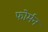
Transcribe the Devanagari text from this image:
फोर्मन